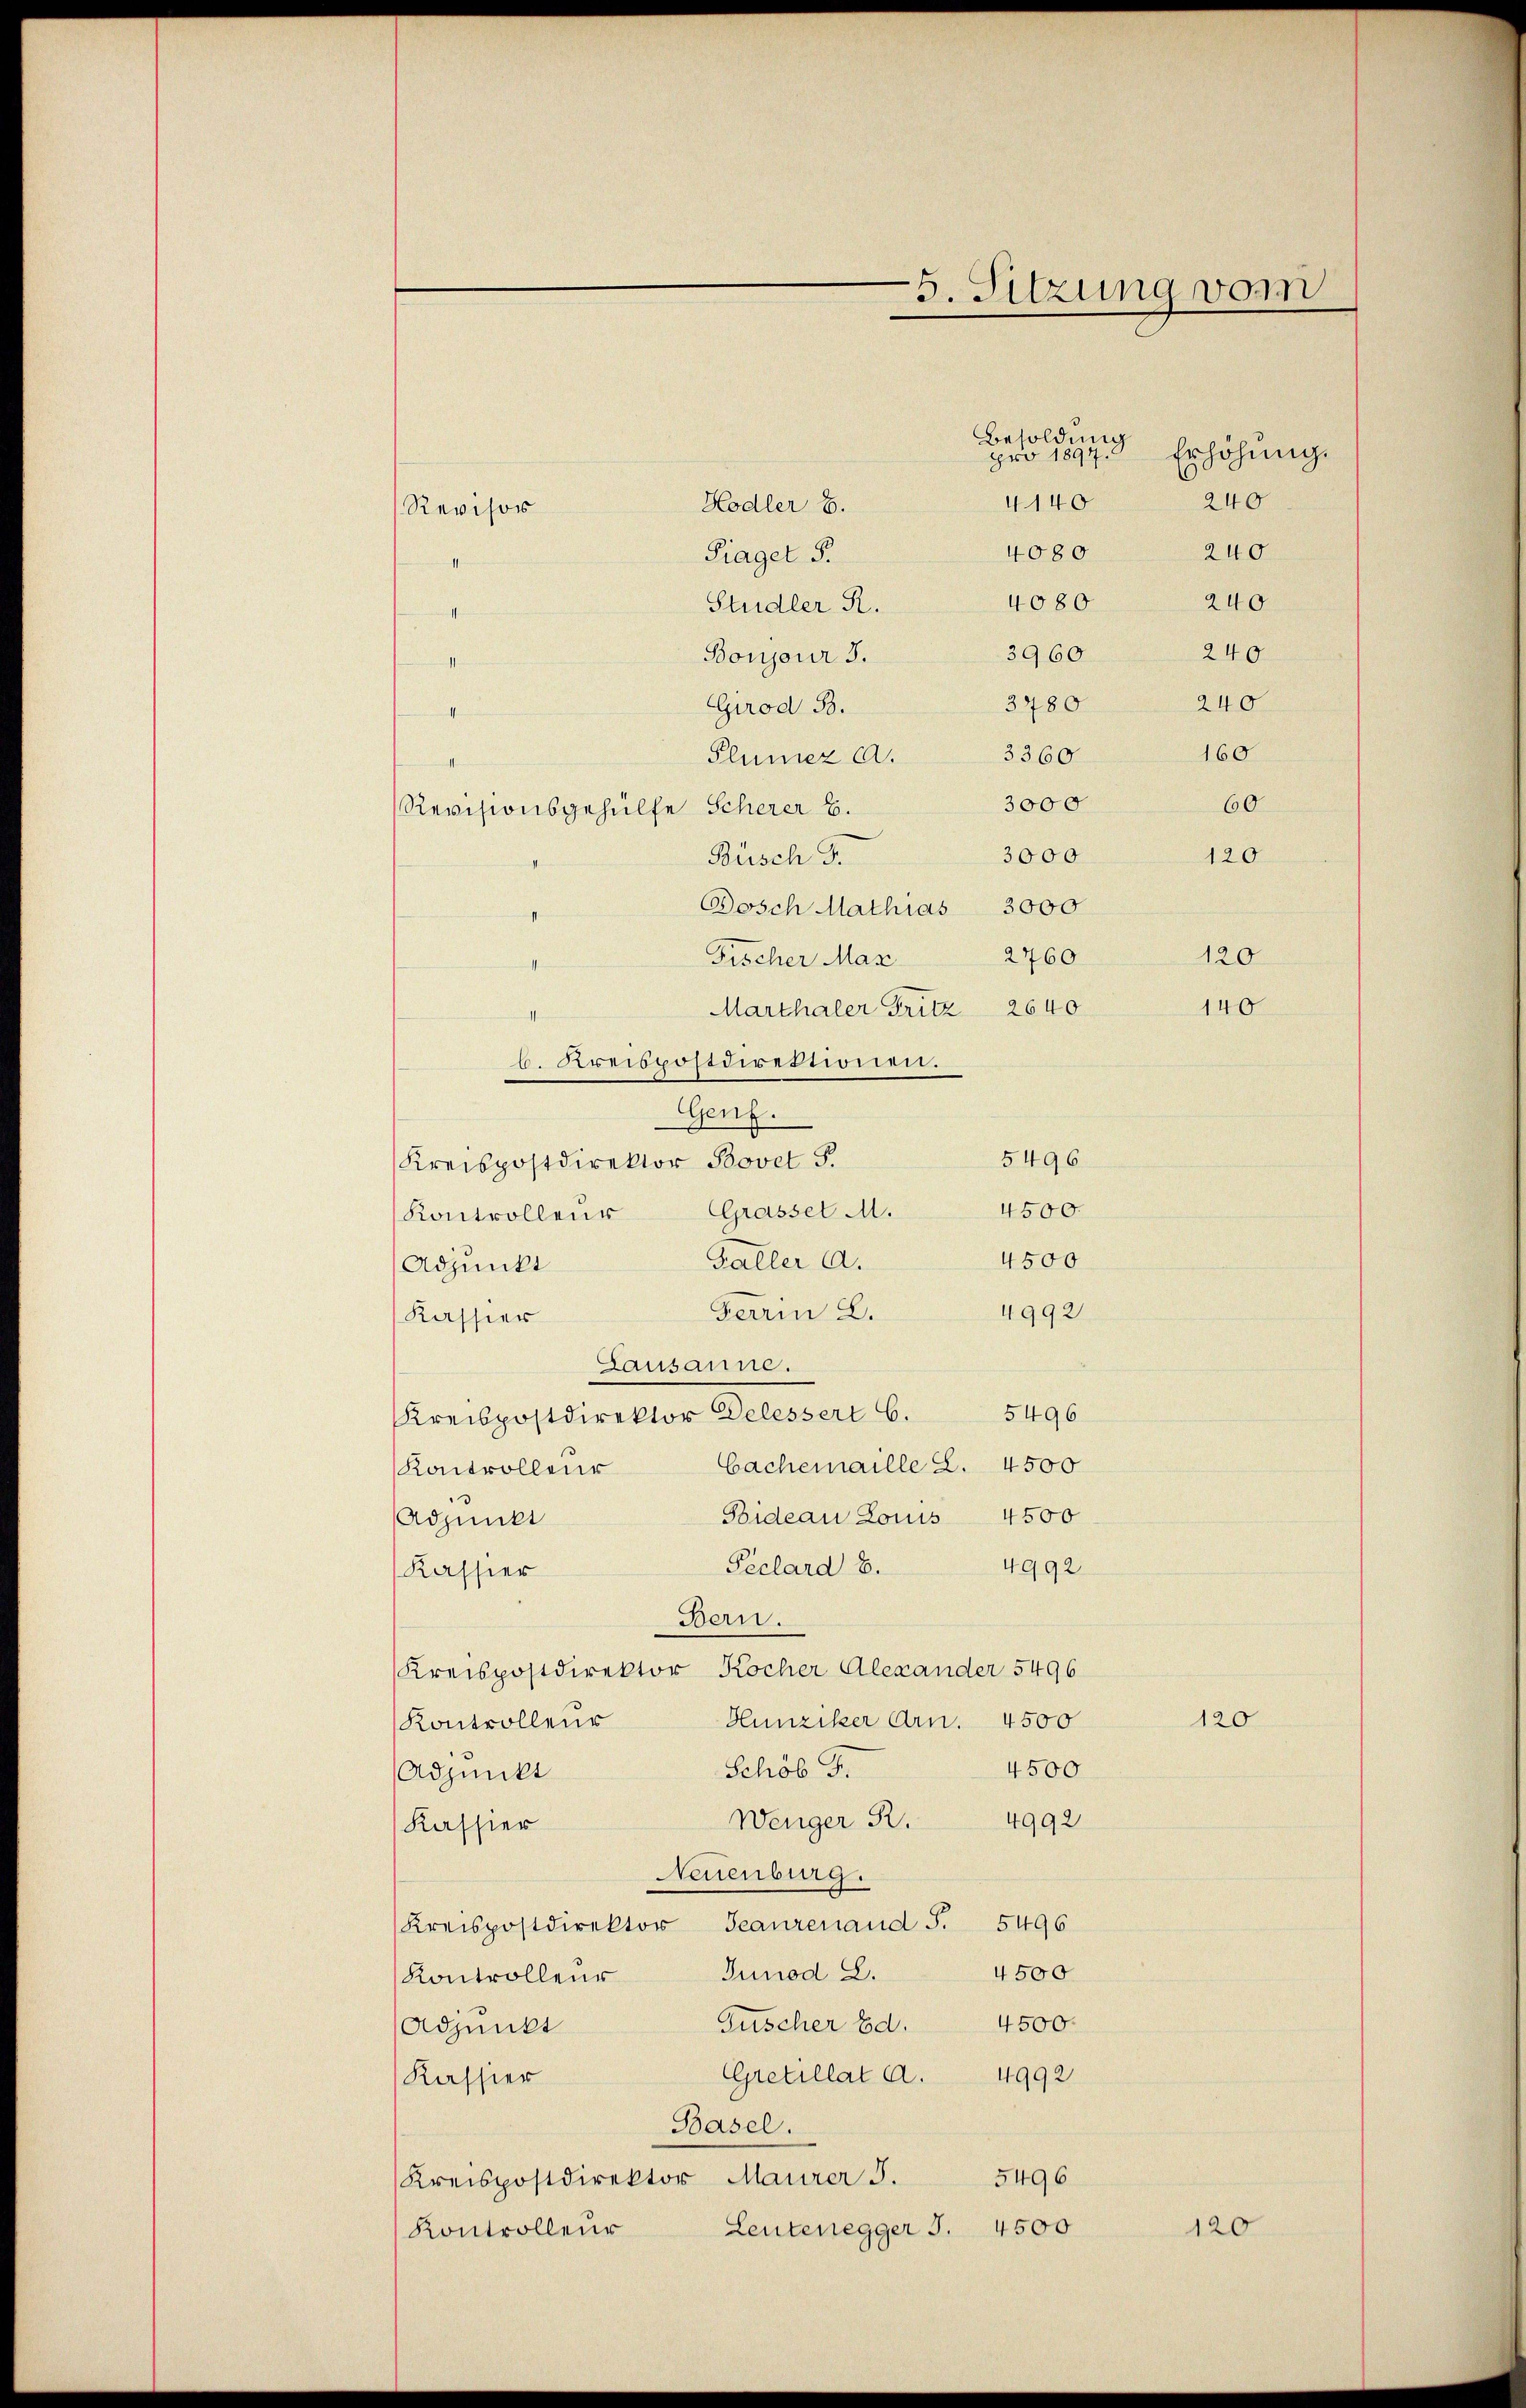
5. Sitzung vom

pro 1894.

Besoldung

4140
Hodler 6.
Revisor
4080
Piager S.
1
4080
240
Studler R.
affen
240
3960
Boujour 3.

240
3480
Grod 53.
A
160
Plünez A. 3360.
I
3000
60
Revisionsgehülfe Scherer E.
3000
120
Büsch S.
Dosch Mathias 3000
2760
120
Fischer Max
Marthaler Fritz   2640
b. Kreispostdirektionen.
Genf.
5496
Kreispostdirektor Bovet S.
Grasset M. 4500.
Kontrolleur
4500
Galler a.
Adjunkt
4992
Ferren 2.
Kassier
Lausanne.
5496
Kreispostdirektor Delessert 6.
Cachemaille Z. 4500
Kontrolleur
4500
Bideau Louis
Adjunkt
Péclard E.
4992
Kassier
Bern.
Kreispostdirektor Kocher Alexander 5496
120
Hunziker Arn. 4500
Kontrollend
4500
Schöb F.
Adjunkt
Wenger R. 4992
Kassier
Neuenburg.
Kreispostdirektor Beaurenaud S. 5496
4500
Junod L.
Kontrolleur
4500.
Guscher Ed.
Adjunkt
Gretillat A. 4992
Kassier
Basel.
5496
Kreispostdirektor Maurer J.
Leutenegger S. 4500
120
Kontrolleur

240
240

Erhöhung.

140